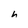
Character: h